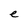
Character: e